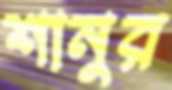
শানুর